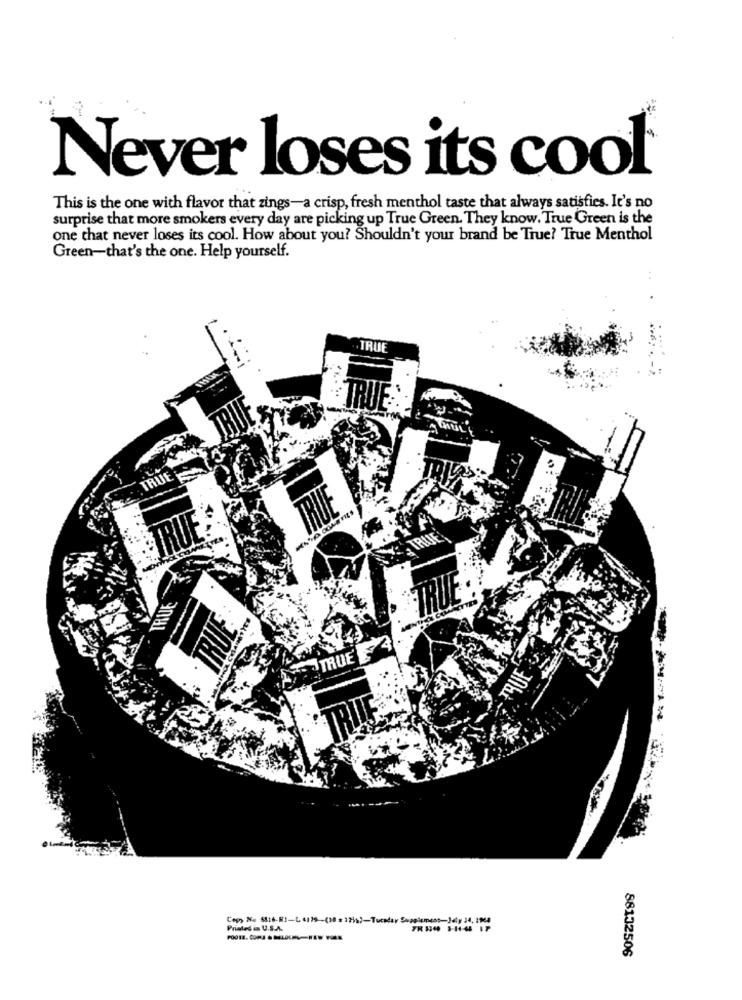
Never loses its cool
This is the one with flavor that zings-a crisp, fresh menthol taste that always satisfies. It's no
surprise that more smokers every day are picking up True Green. They know. True Green is the
one that never loses its cool. How about you? Shouldn't your brand be True? True Menthol
Green-that's the one. Help yourself.
TRUE
TRUE
TRI
TRUE
TRUE
TRUE
TRUE'4
Copy No 6816-81-L 4139-(10 = 221%)-Tuesday Supplement-Jdy 34, 1144
Printed in U.S.A.
88132506